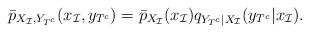
LaTeX: \begin{align*}\bar p_{X_{\mathcal{I}},Y_{T^c}}(x_\mathcal{I},y_{T^c}) = \bar p_{X_{\mathcal{I}}}(x_\mathcal{I}) q_{Y_{T^c}|X_{\mathcal{I}}}(y_{T^c}|x_{\mathcal{I}}). \end{align*}